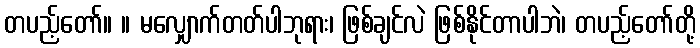
တပည့်တော်။ ။ မလျှောက်တတ်ပါဘုရား၊ ဖြစ်ချင်လဲ ဖြစ်နိုင်တာပါဘဲ၊ တပည့်တော်တို့